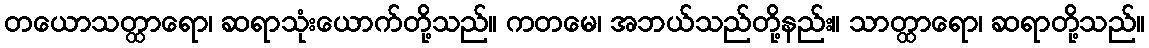
တယောသတ္ထာရော၊ ဆရာသုံးယောက်တို့သည်။ ကတမေ၊ အဘယ်သည်တို့နည်း။ သာတ္ထာရော၊ ဆရာတို့သည်။